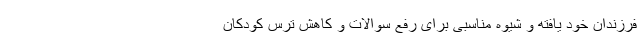
فرزندان خود یافته و شیوه مناسبی برای رفع سوالات و کاهش ترس کودکان